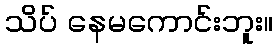
သိပ် နေမကောင်းဘူး။